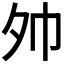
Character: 𪤷